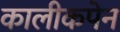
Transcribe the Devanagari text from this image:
कालीकपेन